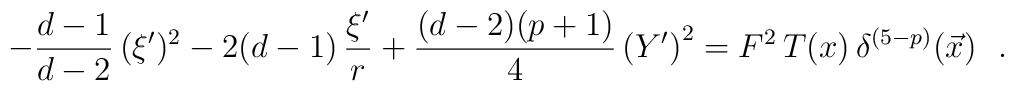
- \frac{d-1}{d-2} \,( \xi ' )^2 -2(d-1)\, \frac{\xi'}{r} +  \frac{(d-2)(p+1)}{4} \left( Y'  \right)^2 =F^2\,T(x)\,\delta^{(5-p)}(\vec{x})~~.